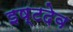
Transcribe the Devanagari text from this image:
इष्‍टदेव